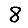
Digit: 8